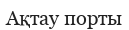
Ақтау порты